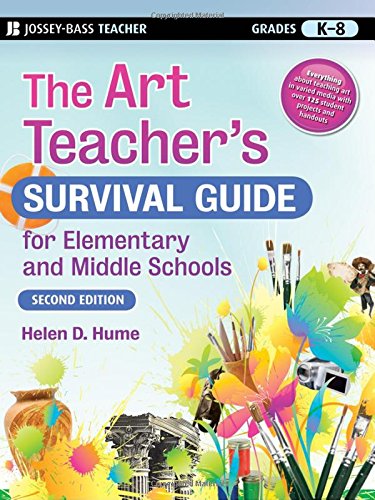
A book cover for The Art Teacher's Survival Guide for Elementary and Middle Schools; Helen D. Hume; Arts & Photography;